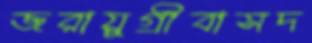
জরায়ুগ্রীবাসদ